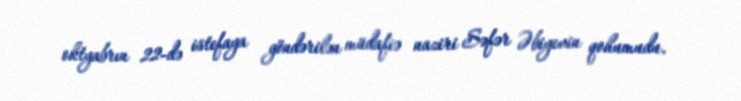
oktyabrın 22-də istefaya göndərilən müdafiə naziri Səfər Əbiyevin qohumudu.